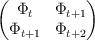
LaTeX: \begin{align*} \begin{pmatrix} \Phi_t&\Phi_{t+1}\\ \Phi_{t+1}&\Phi_{t+2} \end{pmatrix}\end{align*}